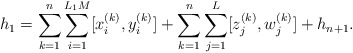
\begin{align*}h_1=\sum_{k=1}^n\sum_{i=1}^{L_1M}[x_i^{(k)},y_i^{(k)}]+\sum_{k=1}^n\sum_{j=1}^{L}[z_j^{(k)},w_j^{(k)}]+h_{n+1}.\end{align*}